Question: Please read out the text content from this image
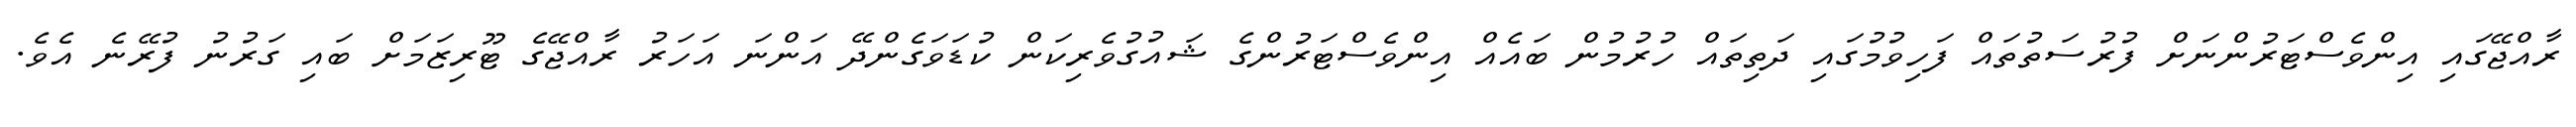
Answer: ރާއްޖޭގައި އިންވެސްޓަރުންނަށް ފުރުސަތުތައް ފަހިވުމުގައި ދަތިތައް ހުރުމުން ބައެއް އިންވެސްޓަރުންގެ ޝައުގުވެރިކަން ކުޑަވަގެންދޭ އަންނަ އަހަރު ރާއްޖޭގެ ޓޫރިޒަމަށް ބައި ގަރުނު ފުރޭނެ އެވެ.